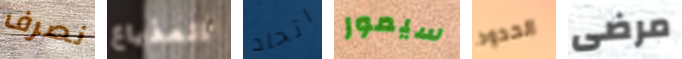
نصرف المذياع اتحاد سيمور الحدود مرضى